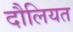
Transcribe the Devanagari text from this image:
दौलियत